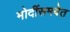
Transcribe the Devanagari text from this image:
मोदींसमवेत